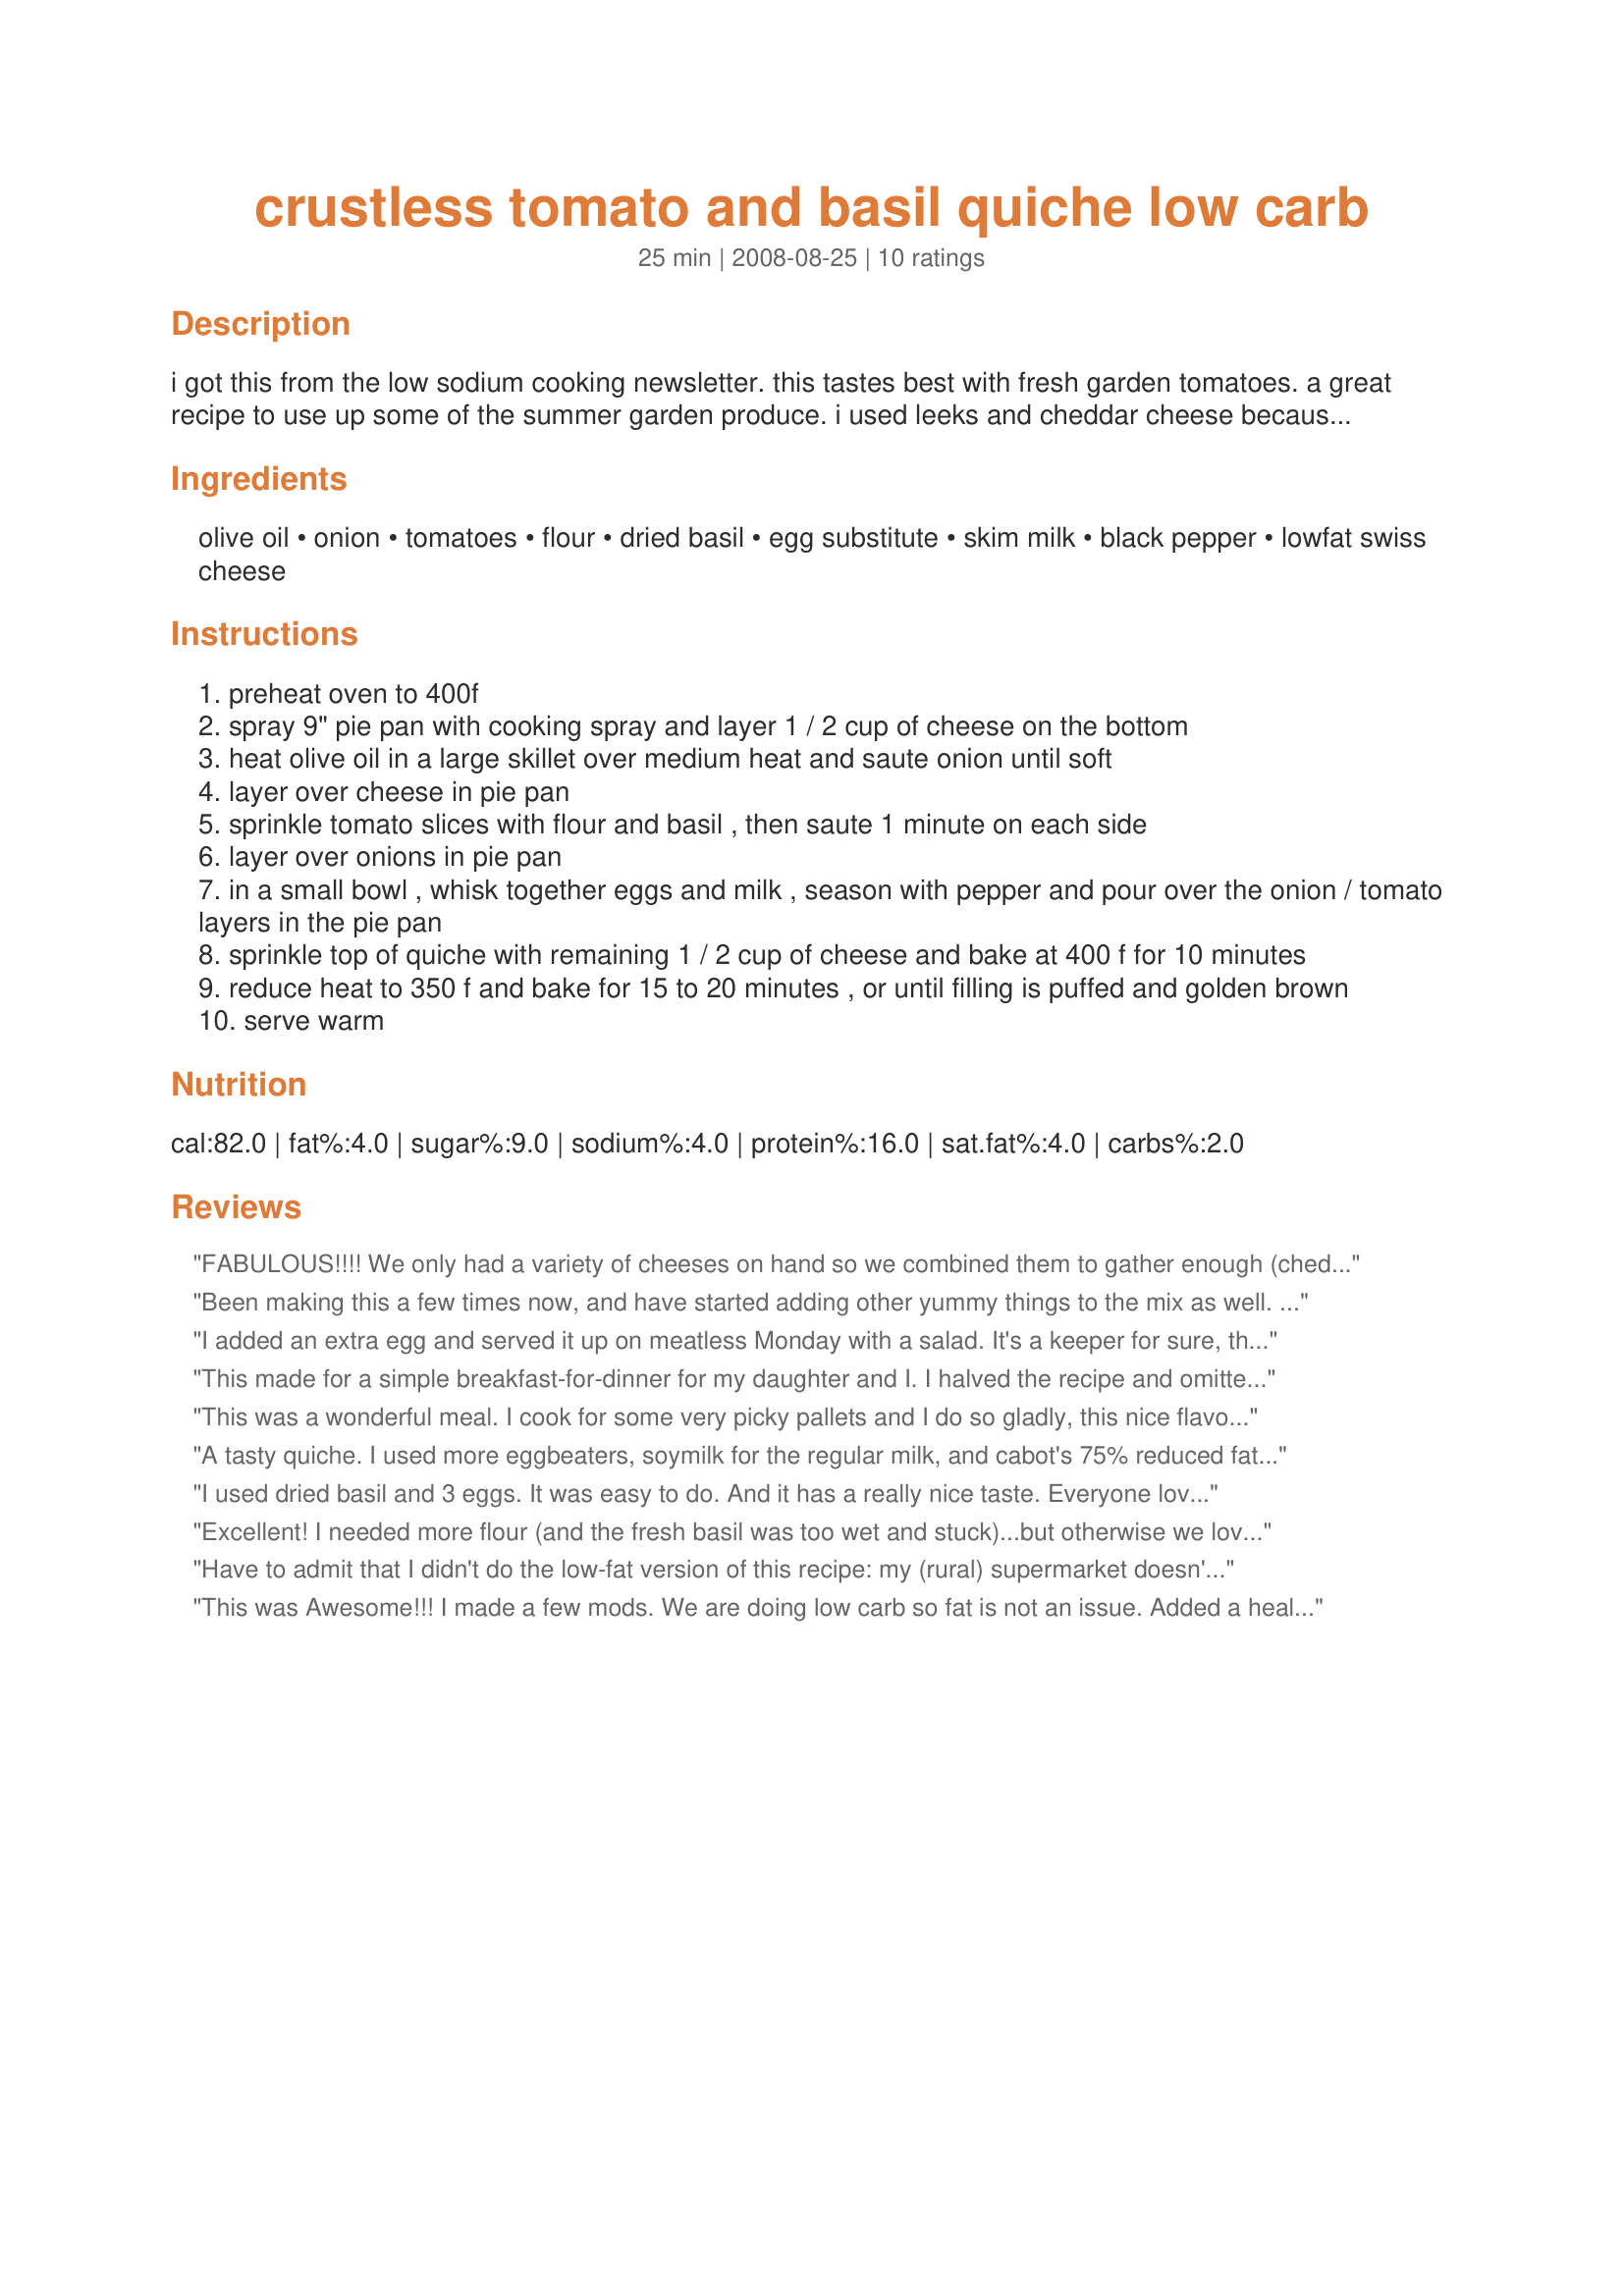
crustless tomato and basil quiche low carb
Preparation time: 25 minutes

i got this from the low sodium cooking newsletter. this tastes best with fresh garden tomatoes. a great recipe to use up some of the summer garden produce. i used leeks and cheddar cheese because i had those on hand and it still tasted wonderful! you could add a baked crust if you want to, but it's not necessary.

Ingredients:
olive oil, onion, tomatoes, flour, dried basil, egg substitute, skim milk, black pepper, lowfat swiss cheese

Steps:
preheat oven to 400f
spray 9" pie pan with cooking spray and layer 1 / 2 cup of cheese on the bottom
heat olive oil in a large skillet over medium heat and saute onion until soft
layer over cheese in pie pan
sprinkle tomato slices with flour and basil , then saute 1 minute on each side
layer over onions in pie pan
in a small bowl , whisk together eggs and milk , season with pepper and pour over the onion / tomato layers in the pie pan
sprinkle top of quiche with remaining 1 / 2 cup of cheese and bake at 400 f for 10 minutes
reduce heat to 350 f and bake for 15 to 20 minutes , or until filling is puffed and golden brown
serve warm

Reviews:
FABULOUS!!!! We only had a variety of cheeses on hand so we combined them to gather enough (cheddar, jack, mozzarella, and Parmesan). I also added bacon (yum!). We skipped the onion (food allergies) and didn't miss it a bit. I was completely bummed I didn't add the mushrooms I forgot about in the fridge! We made it for dinner and even my daughter that doesn't like tomatoes loved it!! I used fresh basil and it worked perfectly. This will definately become a regular in our house, especially in summer when the tomatoes, basil and eggs are all fresh from the yard!! (even the bacon is fresh from the farm in our house)
Been making this a few times now, and have started adding other yummy things to the mix as well. Ham, sauteed bell peppers, sundried tomatoes instead of fresh... It&#039;s all so flexible. Great for any meal time. Thank you for such an easy recipe!
I added an extra egg and served it up on meatless Monday with a salad. It's a keeper for sure, thanks!
This made for a simple breakfast-for-dinner for my daughter and I. I halved the recipe and omitted the cheese, but added some fresh spinach - deslish! I will definitely make this recipe again.
This was a wonderful meal. I cook for some very picky pallets and I do so gladly, this nice flavor, and I would guess most folks would give it five bright stars, and if you are or have a picky eater, give this a go, leave out what you must, add in what you like, you&#039;ll be sure to please. I plan on making this dish as per directions, soon, but, I was working on the fly and had hangry mouths. That&#039;s not a typo, one of them gets angry or at best cranky, when they get hungry so, I used all the things in the list, snipped off a large handful of basil from the garden and added 1/2 a red bell pepper, and 4 large mushroom and being in a rush, I started will the mushrooms, once browned I spread out the two tomatoes to the bottom of the pan and topped with minced basil. Medium for 3 mnts and all the rest of the ingredients went in the pan, it&#039;s summer in Missouri, so I skipped the oven, but 4 minutes later and I killed the heat, added a bit of fresh parmigiano and covered the dish while I baked my toast in the microwave. (See &#039;low carb hamburger bun&#039; here) really yummy!
A tasty quiche. I used more eggbeaters, soymilk for the regular milk, and cabot's 75% reduced fat sharp cheddar cheese for the swiss. It turned out well, even the next day, reheated. Thanks for posting. I would make this again.
I used dried basil and 3 eggs. It was easy to do. And it has a really nice taste. Everyone loved it. Thanks Wi Cheesehead. Made for Potluck tag.
Excellent! I needed more flour (and the fresh basil was too wet and stuck)...but otherwise we loved it! I think next time I'll add some fresh mushrooms. Thanks very much for sharing it.
Have to admit that I didn't do the low-fat version of this recipe: my (rural) supermarket doesn't carry low-fat Swiss cheese at all, plus they don't carry small quantities of non-fat milk, so I had to go with !-1/2%. However, did use our garden tomatoes and fresh basil! It took a little longer than 20 minutes for the top to brown up; however, it was quite tasty! Looking forward to left-overs as a side dish tomorrow.
This was Awesome!!! I made a few mods. We are doing low carb so fat is not an issue. Added a healthy amount of bacon. Cooked the onion ( and about an equal amount of mushrooms ) in the bacon grease. Probably used 1.5 to 2 cups of swiss. Put the bacon in on top of the onions/mushrooms. Sliced the tomato pretty thick and 8 slices fits perfectly into the pie pan I used with one in the middle and the rest around it. As I used a bit more ingredient I used 4 eggs and used heavy whipping cream instead of skim milk ( Gotta love a diet that calls for bacon and heavy whipping cream ). This made a pretty think quiche so I cooked it as described but added an extra 5 minutes over the 20 minutes at 350. Came out fantastic.
